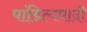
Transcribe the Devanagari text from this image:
पांडित्यवादी